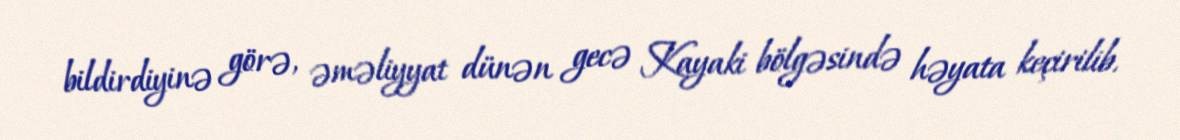
bildirdiyinə görə, əməliyyat dünən gecə Kayaki bölgəsində həyata keçirilib.